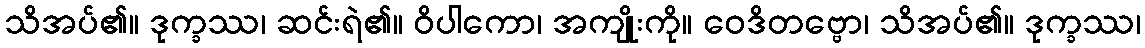
သိအပ်၏။ ဒုက္ခဿ၊ ဆင်းရဲ၏။ ဝိပါကော၊ အကျိုးကို။ ဝေဒိတဗ္ဗော၊ သိအပ်၏။ ဒုက္ခဿ၊